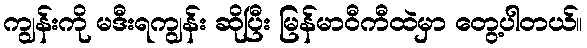
ကျွန်းကို မဒီးရကျွန်း ဆိုပြီး မြန်မာဝီကီထဲမှာ တွေ့ပါတယ်။